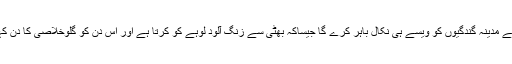
اس موقع سے مدینہ گندگیوں کو ویسے ہی نکال باہر کرے گا جیساکہ بھٹی سے زنگ آلود لوہے کو کرتا ہے اور اس دن کو گلوخلاصی کا دن کہا جائے گا۔